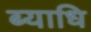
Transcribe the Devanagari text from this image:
ब्‍याधि